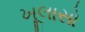
ખૂલાસો